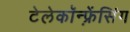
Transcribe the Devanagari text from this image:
टेलेकॉन्फ़्रेंसिंग